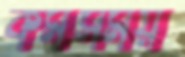
কর্মসময়